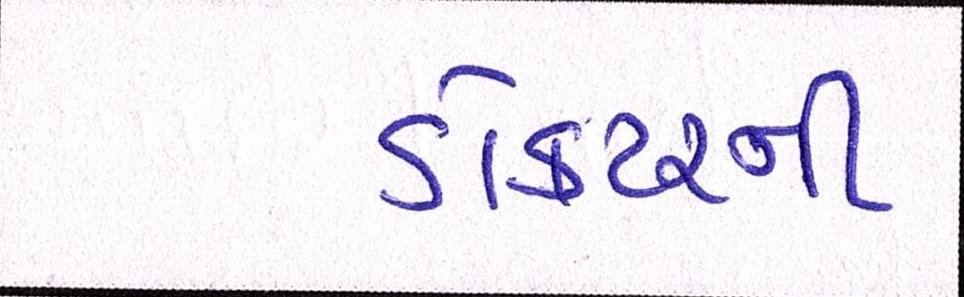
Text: ડોક્ટરની